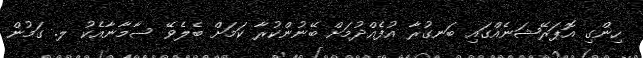
ހިންގި އޮޕަރޭޝަނެއްގައި ބަނގުރާ އުފެއްދުމަށް ބޭނުންކުރާ ކަމަށް ބެލެވޭ ސާމާނާއެކު ލ. ގަމުން